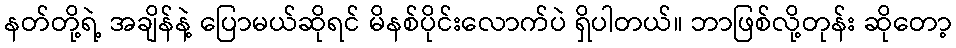
နတ်တို့ရဲ့ အချိန်နဲ့ ပြောမယ်ဆိုရင် မိနစ်ပိုင်းလောက်ပဲ ရှိပါတယ်။ ဘာဖြစ်လို့တုန်း ဆိုတော့